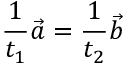
{ \frac { 1 } { t _ { 1 } } } { \vec { a } } = { \frac { 1 } { t _ { 2 } } } { \vec { b } }